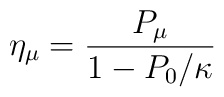
\eta_{\mu}=\frac{P_{\mu}}{1-P_{0}/\kappa}